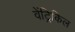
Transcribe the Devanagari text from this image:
वेंट्रिकिल